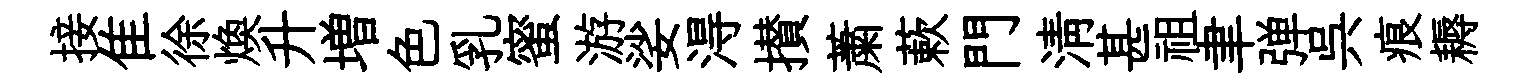
接隹徐焕升増色乳蜜游娑淂攅䔥蔌門淸甚祖聿弹呉痕耨